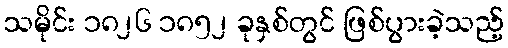
သမိုင်း ၁၈၂၆ ၁၈၅၂ ခုနှစ်တွင် ဖြစ်ပွားခဲ့သည့်